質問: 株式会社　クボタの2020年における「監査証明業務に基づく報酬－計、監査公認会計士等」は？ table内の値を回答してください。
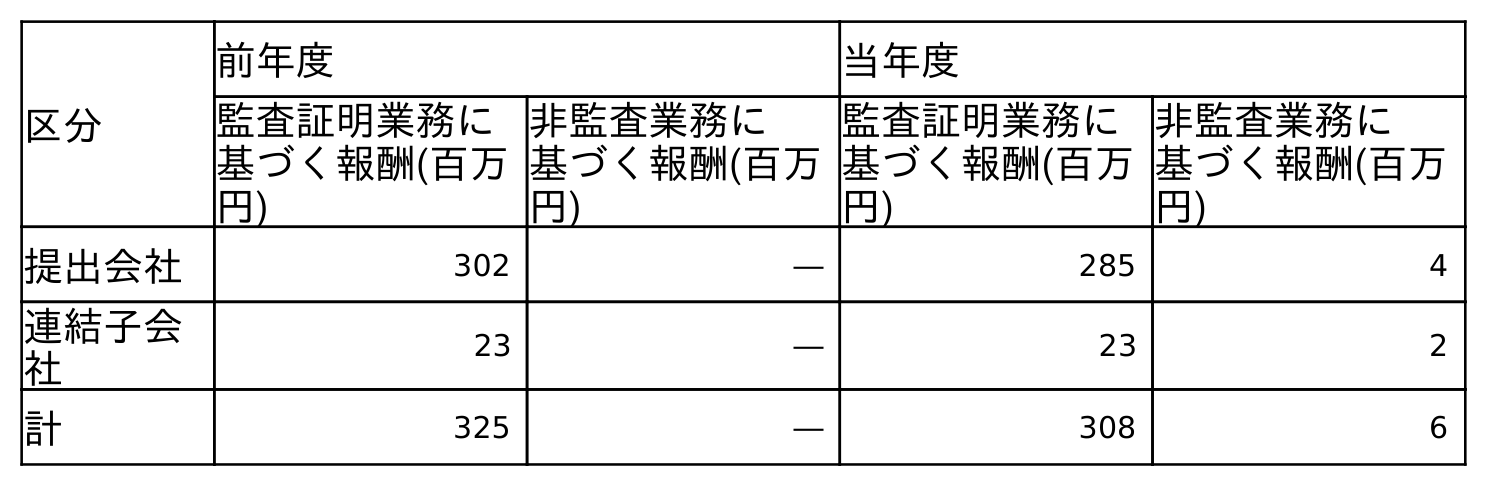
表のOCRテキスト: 区分 前年度 当年度 監査証明業務に 基づく報酬(百万 円) 非監査業務に 基づく報酬(百万 円) 監査証明業務に 基づく報酬(百万 円) 非監査業務に 基づく報酬(百万 円) 提出会社 302 ― 285 4 連結子会 社 23 ― 23 2 計 325 ― 308 6
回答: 308